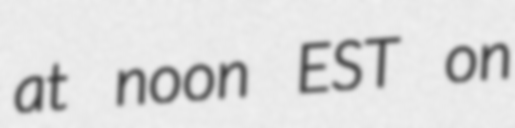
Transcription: at noon EST on